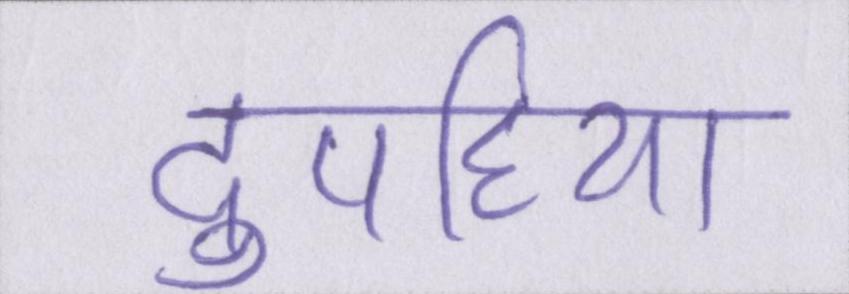
दुपहिया